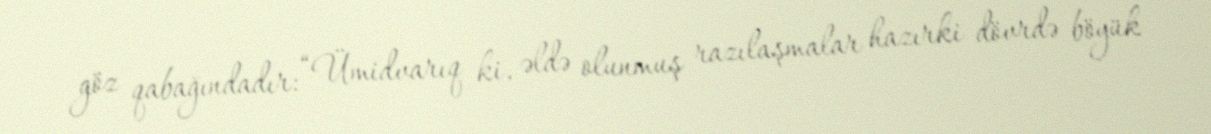
göz qabağındadır: “Ümidvarıq ki, əldə olunmuş razılaşmalar hazırki dövrdə böyük